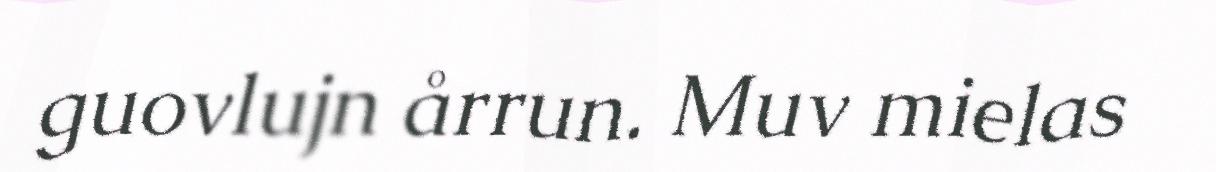
guovlujn årrun. Muv mielas